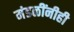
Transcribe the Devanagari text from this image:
मंडळींनीही